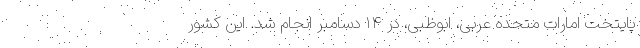
پایتخت امارات متحده عربی، ابوظبی، در ۱۴ دسامبر انجام شد. این کشور